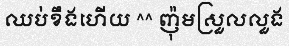
ឈប់ខឹងហើយ ^^ ញ៉ុមស្រួលលួង